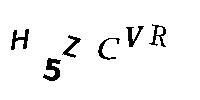
H5ZCVR